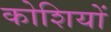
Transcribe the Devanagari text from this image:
कोशियों